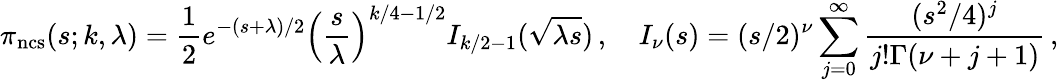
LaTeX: \pi_{\textrm{ncs}}(s;k,\lambda)={\frac{1}{2}}e^{-(s+\lambda)/2}\left({\frac{s}{\lambda}}\right)^{k/4-1/2}I_{k/2-1}({\sqrt{\lambda s}})\, ,\quad I_{\nu}(s)=(s/2)^{\nu}\sum_{j=0}^{\infty}{\frac{(s^{2}/4)^{j}}{j!\Gamma(\nu+j+1)}}\, ,